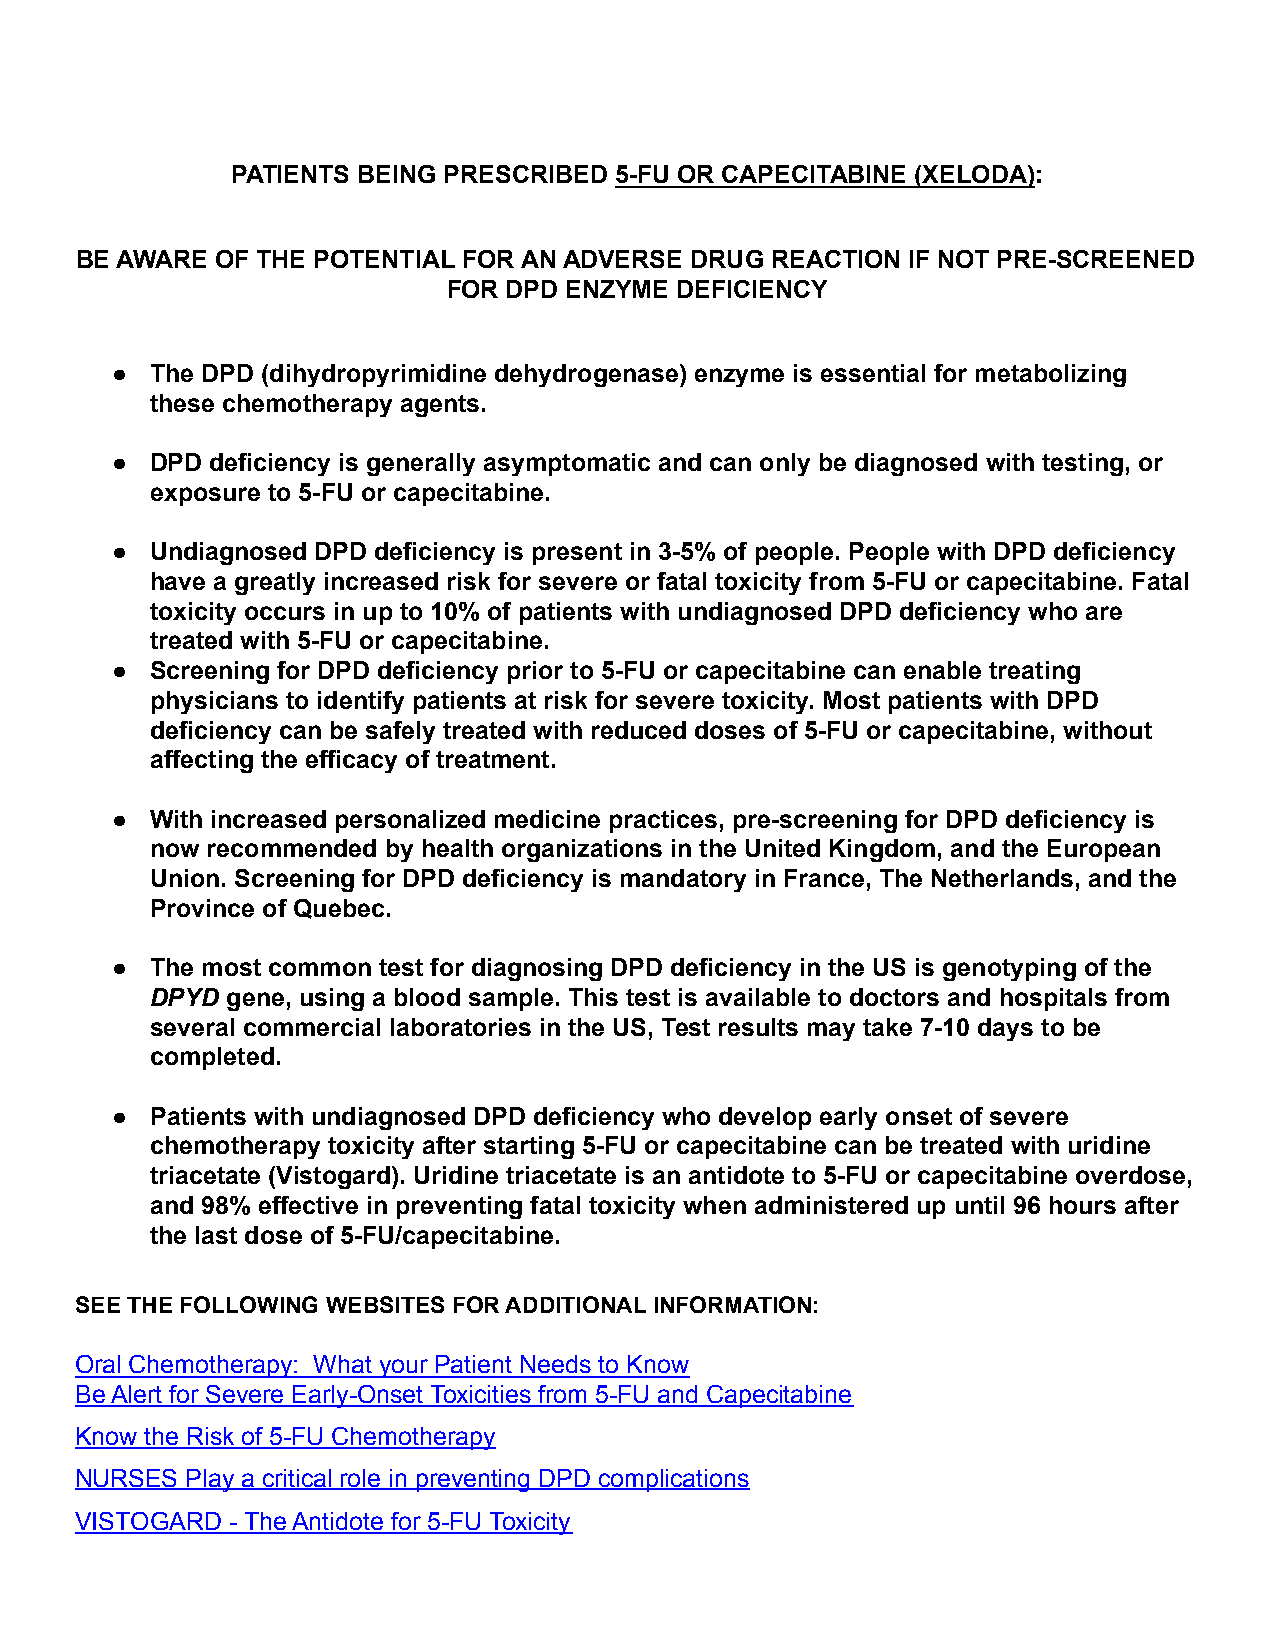
PATIENTS BEING PRESCRIBED 5-FU OR CAPECITABINE (XELODA):
 BE AWARE OF THE POTENTIAL FOR AN ADVERSE DRUG REACTION IF NOT PRE-SCREENED
 FOR DPD ENZYME DEFICIENCY
 ●  The DPD (dihydropyrimidine dehydrogenase) enzyme is essential for metabolizing
 these chemotherapy agents.
 ●  DPD deficiency is generally asymptomatic and can only be diagnosed with testing, or
 exposure to 5-FU or capecitabine.
 ●  Undiagnosed DPD deficiency is present in 3-5% of people. People with DPD deficiency
 have a greatly increased risk for severe or fatal toxicity from 5-FU or capecitabine. Fatal
 toxicity occurs in up to 10% of patients with undiagnosed DPD deficiency who are
 treated with 5-FU or capecitabine.
 ●  Screening for DPD deficiency prior to 5-FU or capecitabine can enable treating
 physicians to identify patients at risk for severe toxicity. Most patients with DPD
 deficiency can be safely treated with reduced doses of 5-FU or capecitabine, without
 affecting the efficacy of treatment.
 ●  With increased personalized medicine practices, pre-screening for DPD deficiency is
 now recommended by health organizations in the United Kingdom, and the European
 Union. Screening for DPD deficiency is mandatory in France, The Netherlands, and the
 Province of Quebec.
 ●  The most common test for diagnosing DPD deficiency in the US is genotyping of the
 DPYD gene, using a blood sample. This test is available to doctors and hospitals from
 several commercial laboratories in the US, Test results may take 7-10 days to be
 completed.
 ●  Patients with undiagnosed DPD deficiency who develop early onset of severe
 chemotherapy toxicity after starting 5-FU or capecitabine can be treated with uridine
 triacetate (Vistogard). Uridine triacetate is an antidote to 5-FU or capecitabine overdose,
 and 98% effective in preventing fatal toxicity when administered up until 96 hours after
 the last dose of 5-FU/capecitabine.
 SEE THE FOLLOWING WEBSITES FOR ADDITIONAL INFORMATION:
 Oral Chemotherapy: What your Patient Needs to Know
 Be Alert for Severe Early-Onset Toxicities from 5-FU and Capecitabine
 Know the Risk of 5-FU Chemotherapy
 NURSES Play a critical role in preventing DPD complications
 VISTOGARD - The Antidote for 5-FU Toxicity